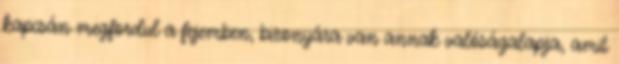
kapcsán megfordul a fejemben, bizonyára van annak valóságalapja, amit